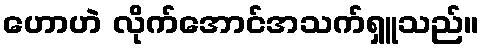
ဟောဟဲ လိုက်အောင်အသက်ရှူသည်။